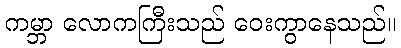
ကမ္ဘာ လောကကြီးသည် ဝေးကွာနေသည်။